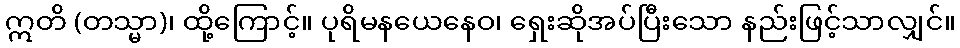
ဣတိ (တသ္မာ)၊ ထို့ကြောင့်။ ပုရိမနယေနေဝ၊ ရှေးဆိုအပ်ပြီးသော နည်းဖြင့်သာလျှင်။